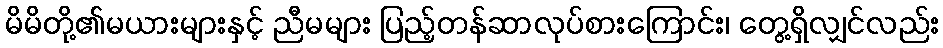
မိမိတို့၏မယားများနှင့် ညီမများ ပြည့်တန်ဆာလုပ်စားကြောင်း၊ တွေ့ရှိလျှင်လည်း